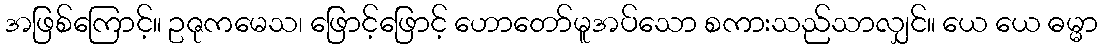
အဖြစ်ကြောင့်။ ဥဇုကမေသ၊ ဖြောင့်ဖြောင့် ဟောတော်မူအပ်သော စကားသည်သာလျှင်။ ယေ ယေ ဓမ္မာ